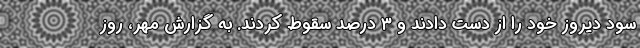
سود دیروز خود را از دست دادند و ۳ درصد سقوط کردند. به گزارش مهر، روز